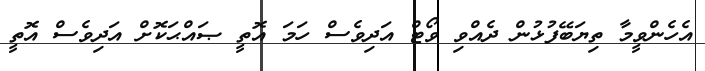
އެހެންވީމާ ތިޔަބޭފުޅުން ދެއްވި ވޯޓް އަދިވެސް ހަމަ އޮތީ ޞައްޙަކޮށް އަދިވެސް އޮތީ